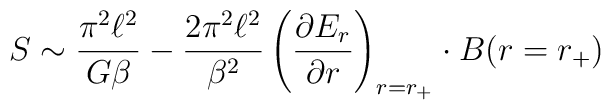
S\sim \frac{\pi^2\ell^2}{G\beta}-\frac{2\pi^2\ell^2}{\beta^2}\left(\frac{\partial E_r}{\partial r}\right)_{r=r_+}\cdot B(r=r_+)